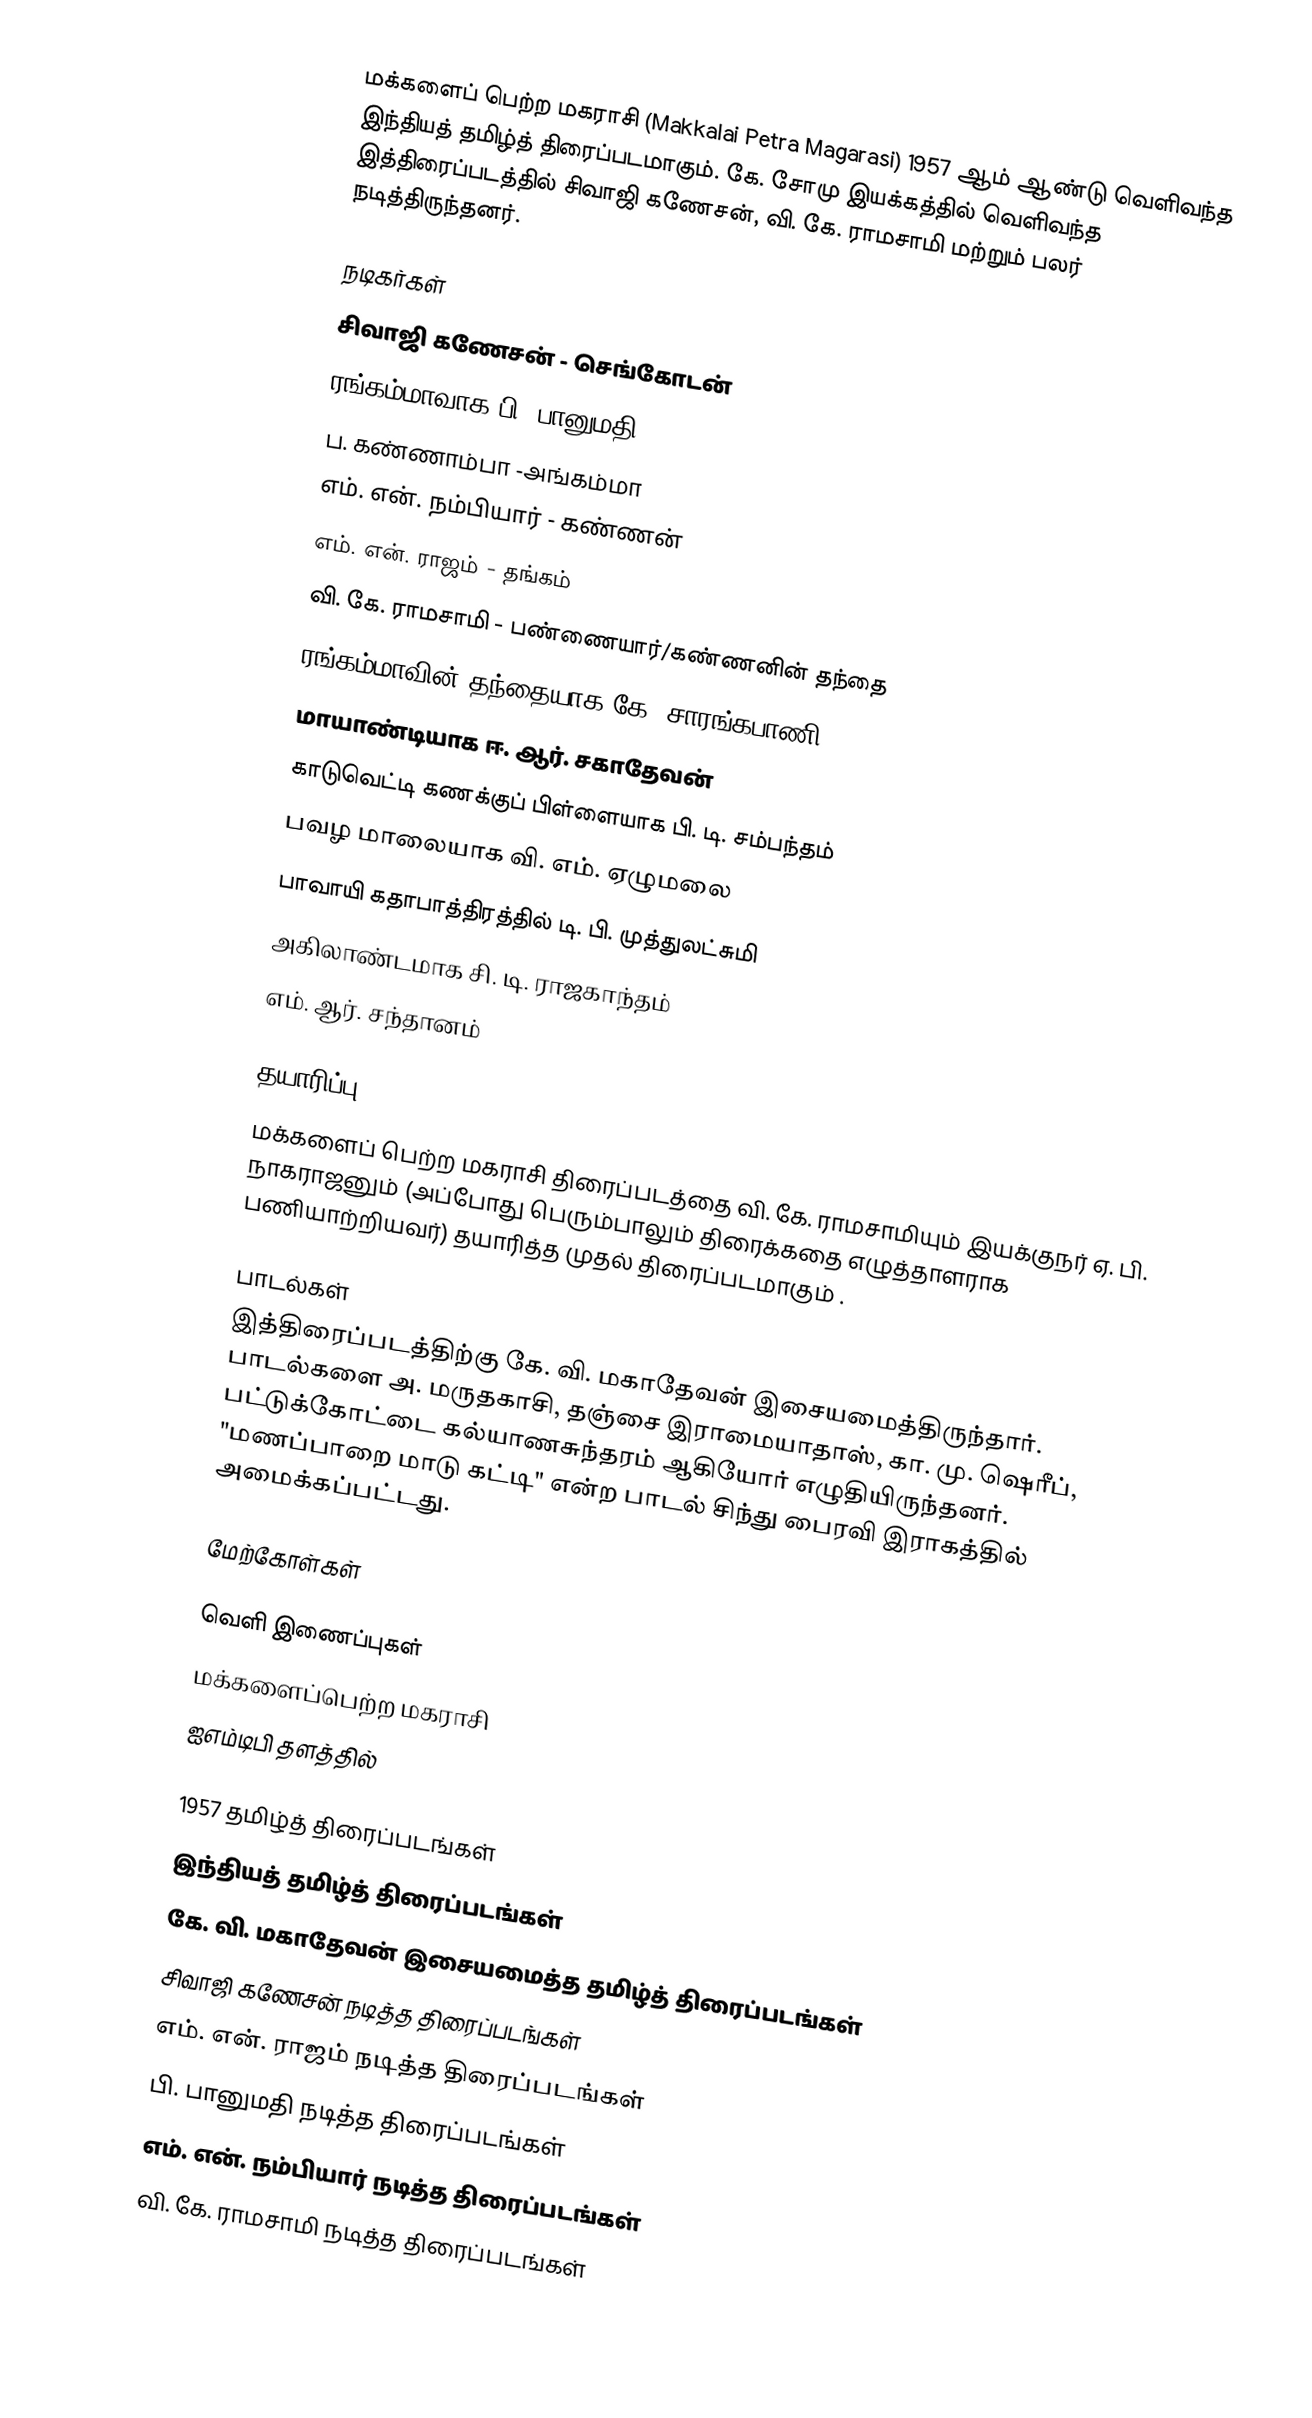
மக்களைப் பெற்ற மகராசி (Makkalai Petra Magarasi) 1957 ஆம் ஆண்டு வெளிவந்த இந்தியத் தமிழ்த் திரைப்படமாகும். கே. சோமு இயக்கத்தில் வெளிவந்த இத்திரைப்படத்தில் சிவாஜி கணேசன், வி. கே. ராமசாமி மற்றும் பலர் நடித்திருந்தனர்.

நடிகர்கள்
 சிவாஜி கணேசன் - செங்கோடன்
 ரங்கம்மாவாக பி. பானுமதி
 ப. கண்ணாம்பா -அங்கம்மா
 எம். என். நம்பியார் - கண்ணன்
 எம். என். ராஜம் - தங்கம்
 வி. கே. ராமசாமி - பண்ணையார்/கண்ணனின் தந்தை
 ரங்கம்மாவின் தந்தையாக கே. சாரங்கபாணி
 மாயாண்டியாக ஈ. ஆர். சகாதேவன்
 காடுவெட்டி கணக்குப் பிள்ளையாக பி. டி. சம்பந்தம்
 பவழ மாலையாக வி. எம். ஏழுமலை
 பாவாயி கதாபாத்திரத்தில் டி. பி. முத்துலட்சுமி
 அகிலாண்டமாக சி. டி. ராஜகாந்தம்
 எம். ஆர். சந்தானம்

தயாரிப்பு
மக்களைப் பெற்ற மகராசி திரைப்படத்தை வி. கே. ராமசாமியும் இயக்குநர் ஏ. பி. நாகராஜனும் (அப்போது பெரும்பாலும் திரைக்கதை எழுத்தாளராக பணியாற்றியவர்) தயாரித்த முதல் திரைப்படமாகும் .

பாடல்கள்
இத்திரைப்படத்திற்கு கே. வி. மகாதேவன் இசையமைத்திருந்தார்.  பாடல்களை அ. மருதகாசி, தஞ்சை இராமையாதாஸ், கா. மு. ஷெரீப், பட்டுக்கோட்டை கல்யாணசுந்தரம் ஆகியோர் எழுதியிருந்தனர். "மணப்பாறை மாடு கட்டி" என்ற பாடல் சிந்து பைரவி இராகத்தில் அமைக்கப்பட்டது.

மேற்கோள்கள்

வெளி இணைப்புகள்
 மக்களைப்பெற்ற மகராசி
 ஐஎம்டிபி தளத்தில்

1957 தமிழ்த் திரைப்படங்கள்
இந்தியத் தமிழ்த் திரைப்படங்கள்
கே. வி. மகாதேவன் இசையமைத்த தமிழ்த் திரைப்படங்கள்
சிவாஜி கணேசன் நடித்த திரைப்படங்கள்
எம். என். ராஜம் நடித்த திரைப்படங்கள்
பி. பானுமதி நடித்த திரைப்படங்கள்
எம். என். நம்பியார் நடித்த திரைப்படங்கள்
வி. கே. ராமசாமி நடித்த திரைப்படங்கள்